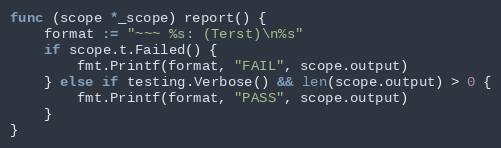
Language: Go
func (scope *_scope) report() {
	format := "~~~ %s: (Terst)\n%s"
	if scope.t.Failed() {
		fmt.Printf(format, "FAIL", scope.output)
	} else if testing.Verbose() && len(scope.output) > 0 {
		fmt.Printf(format, "PASS", scope.output)
	}
}